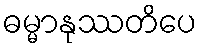
ဓမ္မာနုဿတိပေ